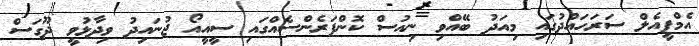
އެމްޕީއެލް ސަރަހައްދުގައި މިއަދު ބޭއްވި ނިއުސް ކޮންފަރެންސެއްގައި ސީއީއޯ ޖުނައިދު ވިދާޅުވީ ދޫގަސް